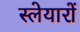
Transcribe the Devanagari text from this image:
स्लेयारों